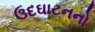
ઉદઘાટનનો